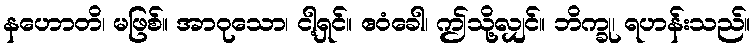
နဟောတိ၊ မဖြစ်။ အာဝုသော၊ ငါ့ရှင်။ ဧဝံခေါ၊ ဤသို့လျှင်။ ဘိက္ခု၊ ရဟန်းသည်။